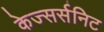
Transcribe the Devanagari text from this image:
केज्सर्सनिट